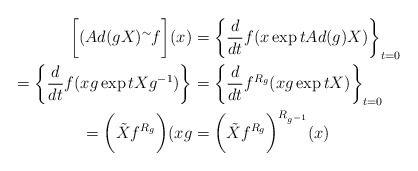
\begin{align*}\bigg[(Ad(gX)^\sim f\bigg](x) & = \bigg\{\frac{d}{dt}f(x\exp t Ad(g)X)\bigg\}_{t = 0}\\ =\bigg\{\frac{d}{dt}f(xg\exp t X g^{-1})\bigg\}& = \bigg\{\frac{d}{dt}f^{R_g}(xg\exp tX)\bigg\}_{t = 0}\\=\bigg(\tilde{X}f^{R_g}\bigg)(xg& = \bigg(\tilde{X}f^{R_g}\bigg)^{R_{g^{-1}}}(x)\end{align*}